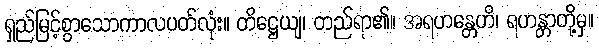
ရှည်မြင့်စွာသောကာလပတ်လုံး။ တိဋ္ဌေယျ၊ တည်ရာ၏။ အရဟန္တေဟိ၊ ရဟန္တာတို့မှ။